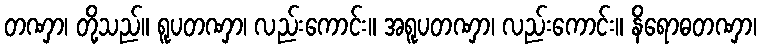
တဏှာ၊ တို့သည်။ ရူပတဏှာ၊ လည်းကောင်း။ အရူပတဏှာ၊ လည်းကောင်း။ နိရောဓတဏှာ၊